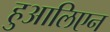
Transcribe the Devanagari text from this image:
हुआलिएन